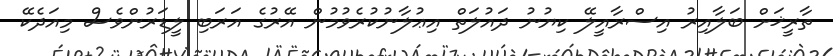
ތާރީޚަށް ބަލާއިރު އިސްރާއީލޭ ކިޔުނު ދައުލަތް އިޢުލާނުކުރެވުމުން އޭރުގެ އަރަބި ލީޑަރުންވެސް މިއަދެކޭ